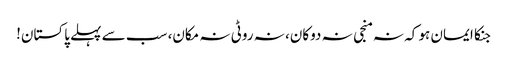
جنکا ایمان ہو کہ نہ منجی نہ دوکان، نہ روٹی نہ مکان، سب سے پہلے پاکستان!